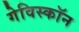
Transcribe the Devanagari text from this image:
गेविस्कॉन